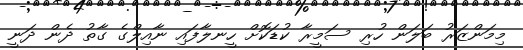
މިމަންޒަރު ބަލަން ހުރި ސަމީރާ ކުޑަކޮށް ހީނލާފައި ނާއިލްގެ ގާތު ދެން ދަނީ